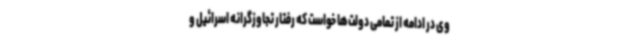
وی در ادامه از تمامی دولت‌ها خواست که رفتار تجاوزگرانه اسرائیل و